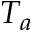
T _ { a }